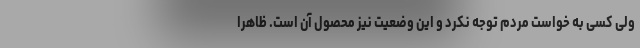
ولی کسی به خواست مردم توجه نکرد و این وضعیت نیز محصول آن است. ظاهراً